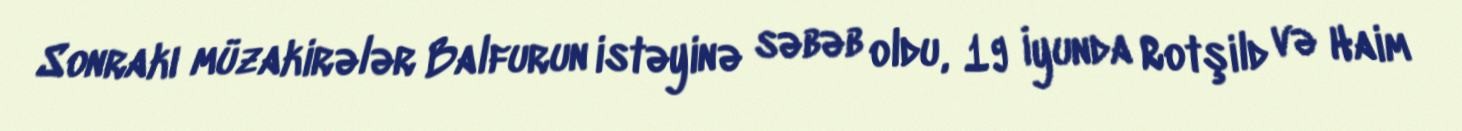
Sonrakı müzakirələr Balfurun istəyinə səbəb oldu, 19 İyunda Rotşild və Haim